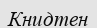
Книдтен